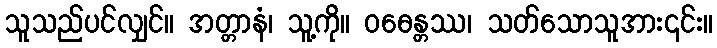
သူသည်ပင်လျှင်။ အတ္တာနံ၊ သူ့ကို။ ဝဓေန္တဿ၊ သတ်သောသူအား၎င်း။